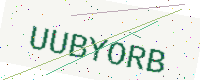
Text: UUBYORB